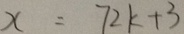
x = 7 2 k + 3